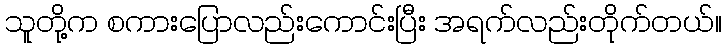
သူတို့က စကားပြောလည်းကောင်းပြီး အရက်လည်းတိုက်တယ်။